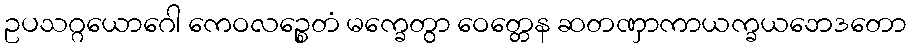
ဥပသဂ္ဂယောဂေါ ကေဝလဉ္စေတံ မက္ခေတွာ ဝေတ္တေန ဆတဏှာကာယက္ခယဘေဒတော